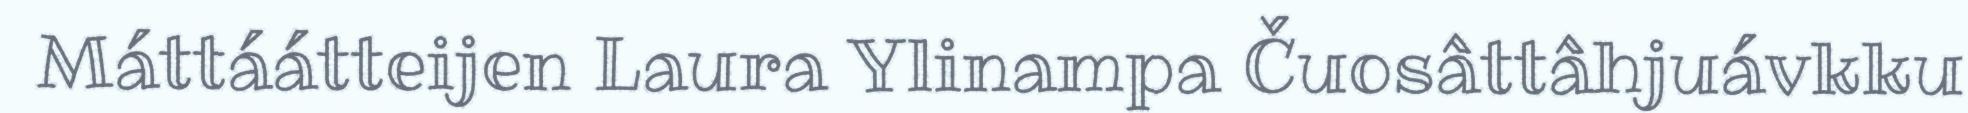
Máttáátteijen Laura Ylinampa Čuosâttâhjuávkku